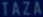
TAZA